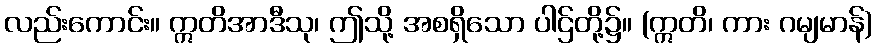
လည်းကောင်း။ ဣတိအာဒီသု၊ ဤသို့ အစရှိသော ပါဌ်တို့၌။ (ဣတိ၊ ကား ဂမျမာန်)